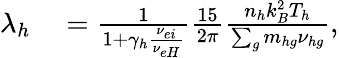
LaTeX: \begin{array}{rl}{\lambda_{h}}&{{}=\frac{1}{1+\gamma_{h}\frac{{\nu}_{ei}}{{\nu}_{eH}}}\frac{15}{2\pi}\frac{n_{h}k_{B}^{2}T_{h}}{\sum_{g}m_{hg}{\nu}_{hg}},}\end{array}